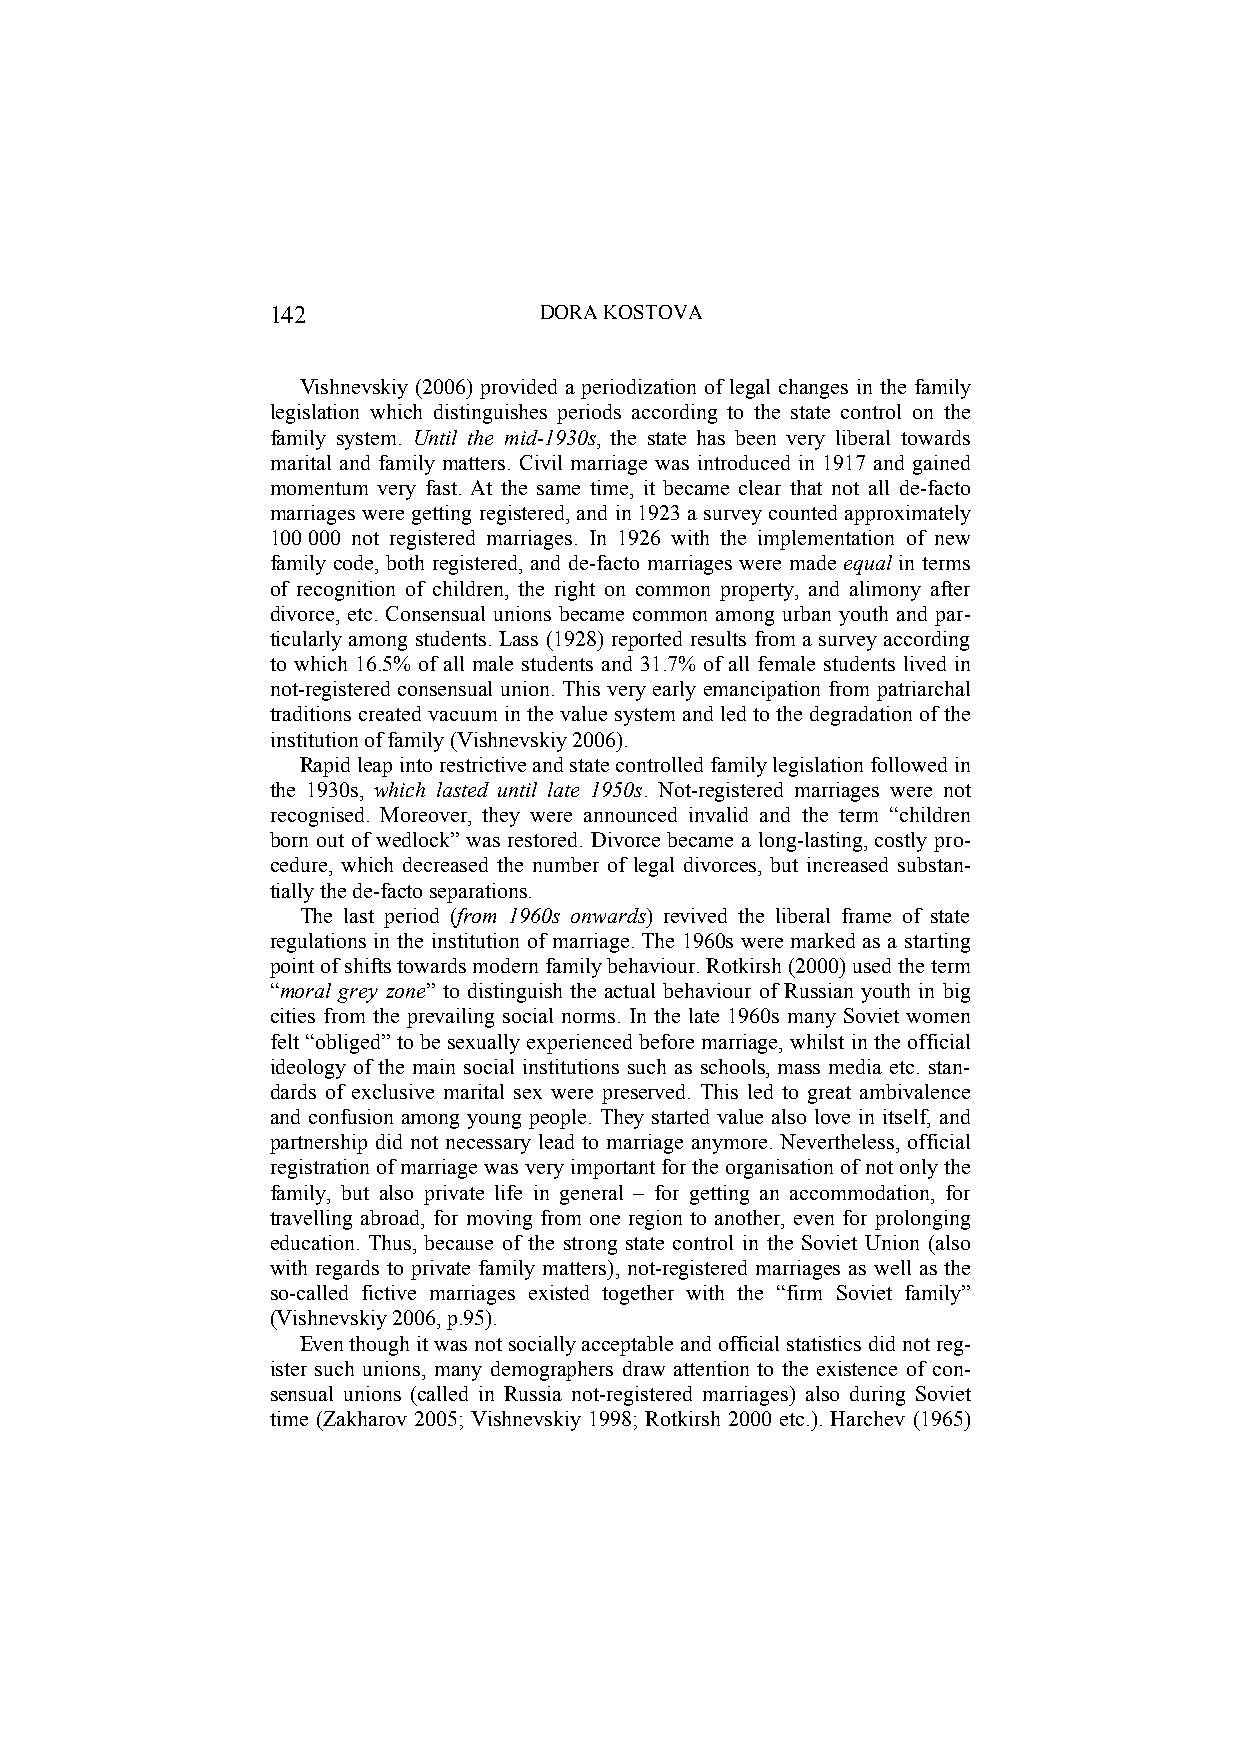
142               DORA KOSTOVA
 Vishnevskiy (2006) provided a periodization of legal changes in the family
 legislation which distinguishes periods according to the state control on the
 family system. Until the mid-1930s, the state has been very liberal towards
 marital and family matters. Civil marriage was introduced in 1917 and gained
 momentum very fast. At the same time, it became clear that not all de-facto
 marriages were getting registered, and in 1923 a survey counted approximately
 100 000 not registered marriages. In 1926 with the implementation of new
 family code, both registered, and de-facto marriages were made equal in terms
 of recognition of children, the right on common property, and alimony after
 divorce, etc. Consensual unions became common among urban youth and par-
 ticularly among students. Lass (1928) reported results from a survey according
 to which 16.5% of all male students and 31.7% of all female students lived in
 not-registered consensual union. This very early emancipation from patriarchal
 traditions created vacuum in the value system and led to the degradation of the
 institution of family (Vishnevskiy 2006).
 Rapid leap into restrictive and state controlled family legislation followed in
 the 1930s, which lasted until late 1950s. Not-registered marriages were not
 recognised. Moreover, they were announced invalid and the term “children
 born out of wedlock” was restored. Divorce became a long-lasting, costly pro-
 cedure, which decreased the number of legal divorces, but increased substan-
 tially the de-facto separations.
 The last period (from 1960s onwards) revived the liberal frame of state
 regulations in the institution of marriage. The 1960s were marked as a starting
 point of shifts towards modern family behaviour. Rotkirsh (2000) used the term
 “moral grey zone” to distinguish the actual behaviour of Russian youth in big
 cities from the prevailing social norms. In the late 1960s many Soviet women
 felt “obliged” to be sexually experienced before marriage, whilst in the official
 ideology of the main social institutions such as schools, mass media etc. stan-
 dards of exclusive marital sex were preserved. This led to great ambivalence
 and confusion among young people. They started value also love in itself, and
 partnership did not necessary lead to marriage anymore. Nevertheless, official
 registration of marriage was very important for the organisation of not only the
 family, but also private life in general – for getting an accommodation, for
 travelling abroad, for moving from one region to another, even for prolonging
 education. Thus, because of the strong state control in the Soviet Union (also
 with regards to private family matters), not-registered marriages as well as the
 so-called fictive marriages existed together with the “firm Soviet family”
 (Vishnevskiy 2006, p.95).
 Even though it was not socially acceptable and official statistics did not reg-
 ister such unions, many demographers draw attention to the existence of con-
 sensual unions (called in Russia not-registered marriages) also during Soviet
 time (Zakharov 2005; Vishnevskiy 1998; Rotkirsh 2000 etc.). Harchev (1965)